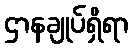
ဌာနချုပ်ရှိရာ